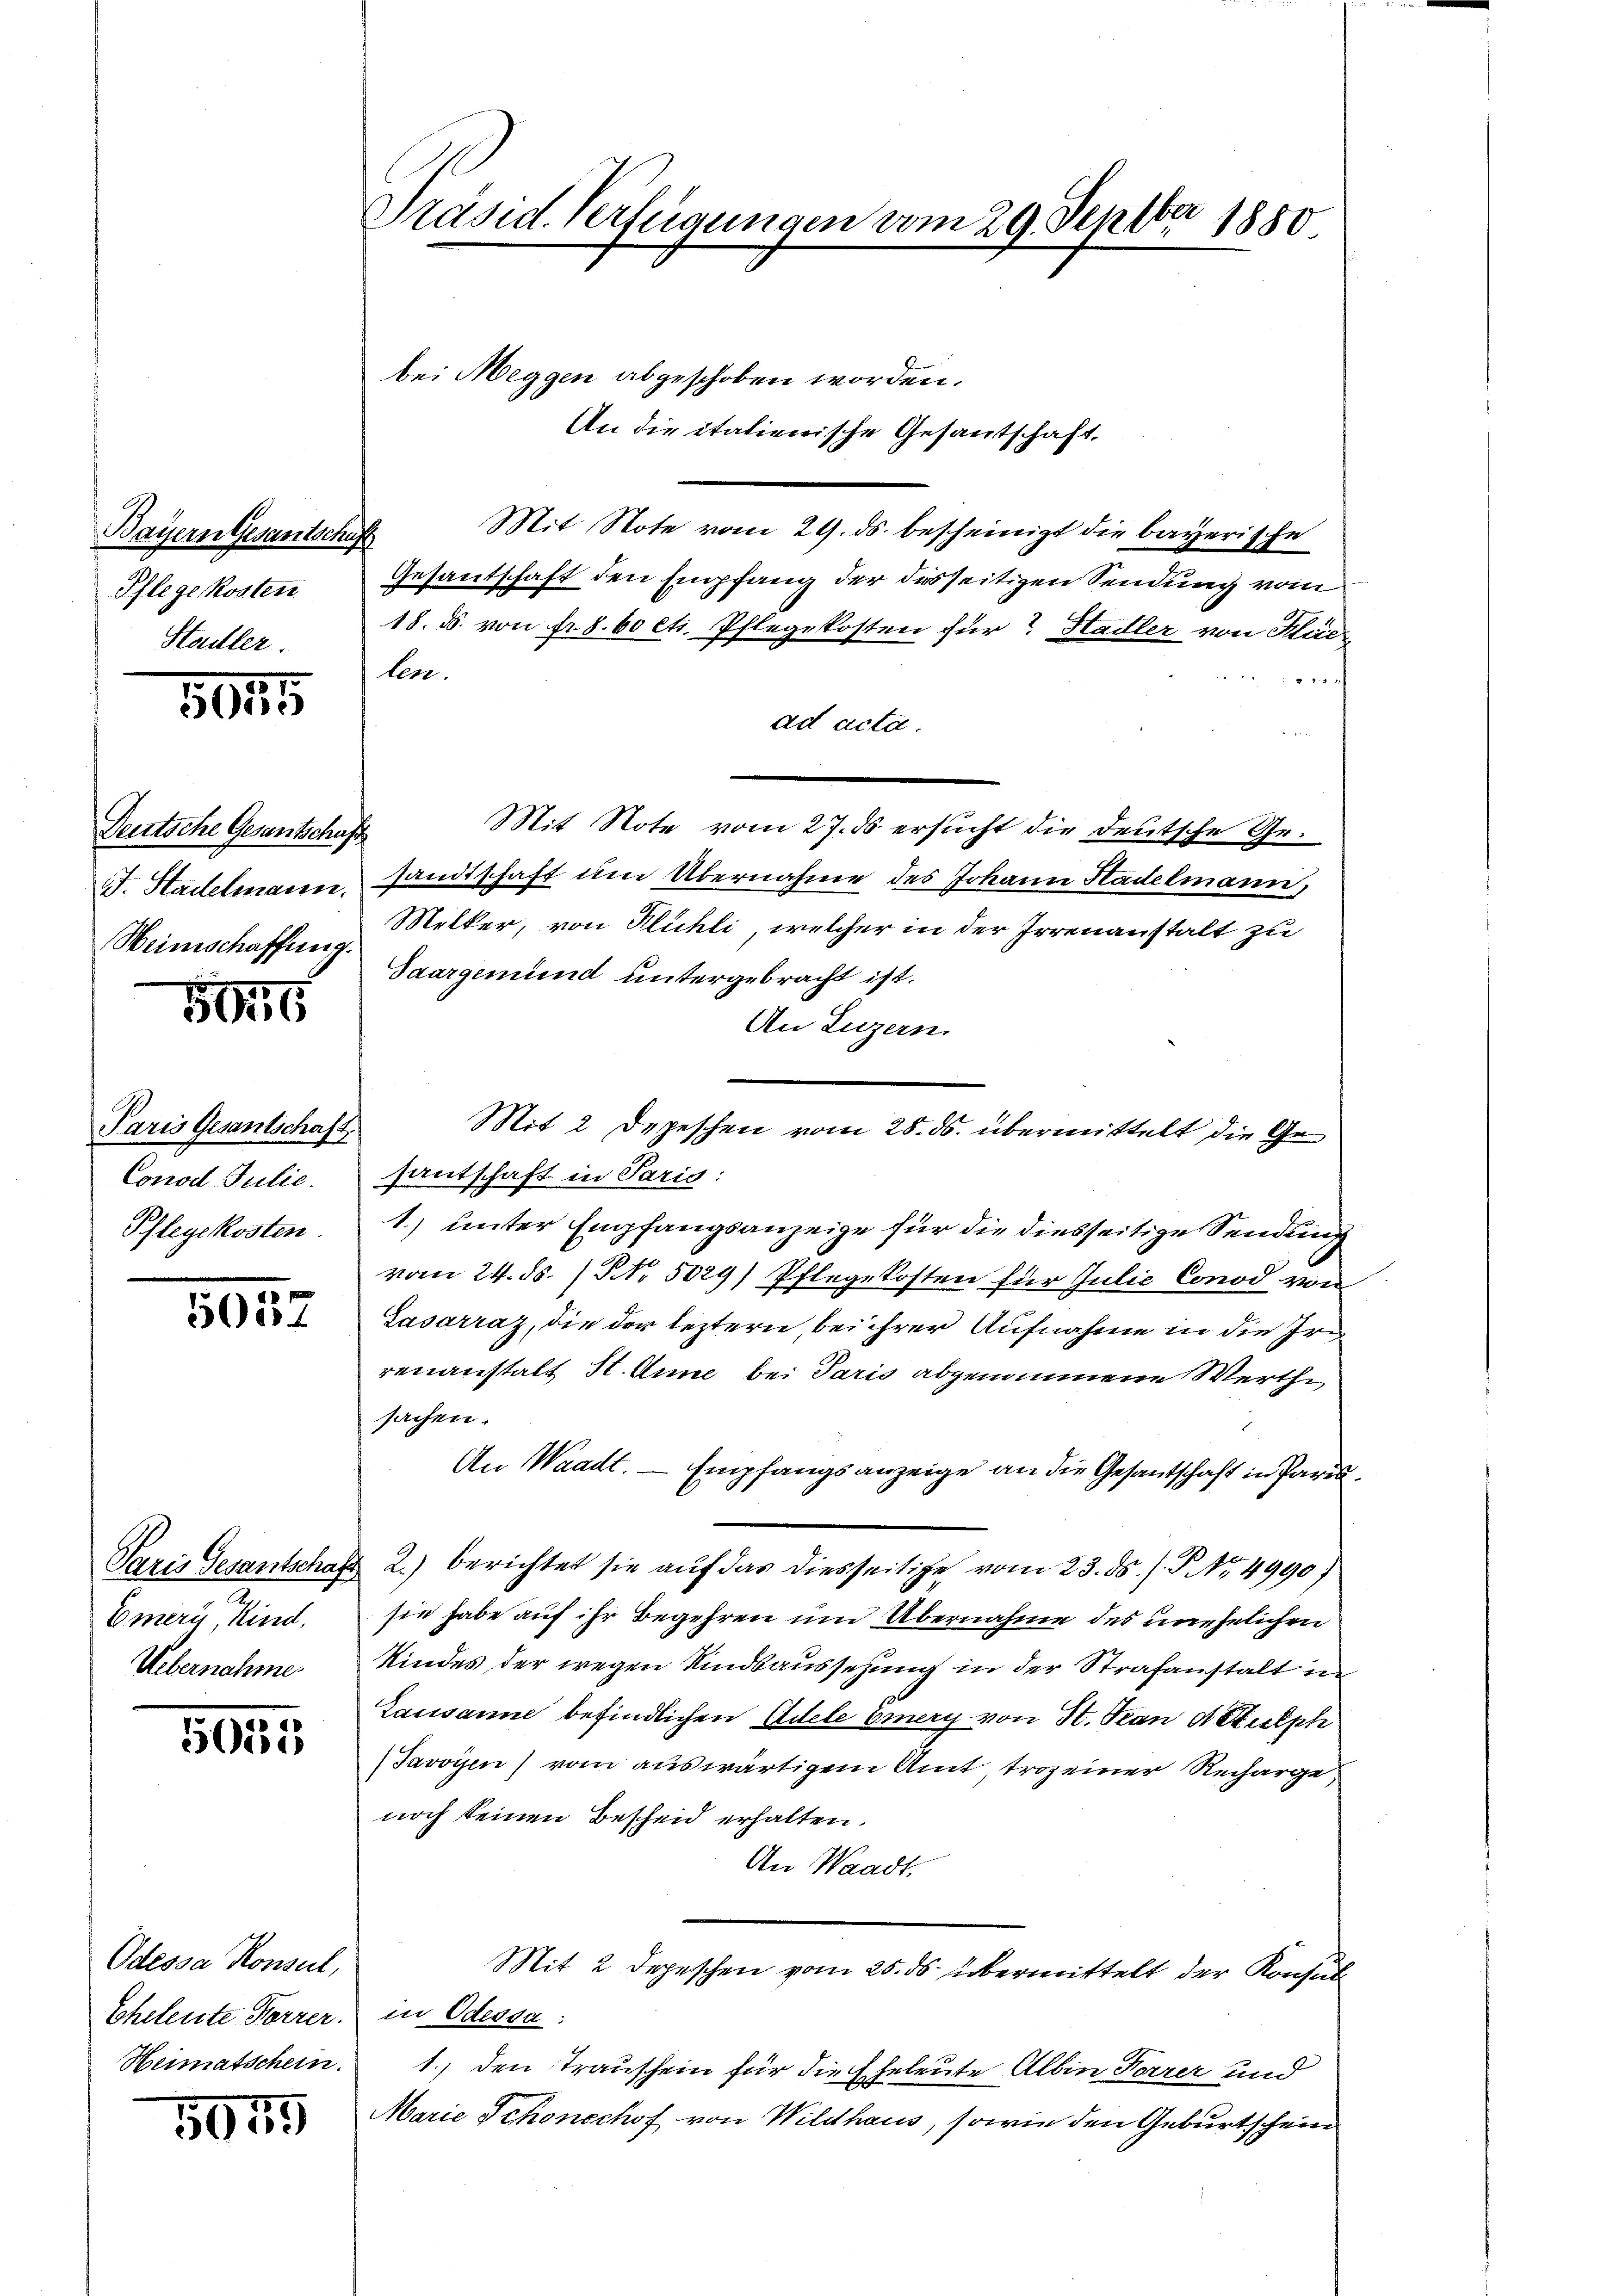
Bayern Gesantscha
Pflege kosten
Stadler.

5045

Deutsche Gesantschaft
F. Stadelmann.
Weinschaffung.

556

5037

10185

5075

Paris Gesantschaft
Conod. Julie.
Pflegekosten.

Paris Gesantschaf
Emern, Kind
Uebernahme

Odessa Konseil,
Eheleute Forrer.
Heimatschein.

Präsid. Verfügungen vom 29. Septbr 1850

bei Meggen abgeschoben worden.
Mit Note vom 29. ds. bescheinigt die bayerische
t
Gesandschaft den Empfang der desseitigen Sendung vom
18. d. von fr. 8. betr. Pflegekosten für? Hadler von Kliclen.
 45. 1
ad acta.
Mit Note vom 27. ds ersucht die deutsche Gesandtschaft um Übernahme des Johann Hadelmann,
Melker, von Kuchli, welcher in der Irrenanstalt zu
Saargemünd untergebracht ist.
An Luzern.
Mit 2 Depeschen vom 28. ds. übermittelt die Gesantschaft in Paris:
1.) unter Empfangsanzeige für die diesseitige Sendung
vom 24. ds. / NNo. 5029) Pflegekosten für Julie Conod von
Sasarraz, die der leztern bei ihrer Aufnahme in die Iri
renanstalt St. Anne bei Paris abgenommene Werthe
sachen.
An Waadt. — Empfangsanzeige an die Gesantschaft in Paris
2.) berichtet sie auf das diesseitige vom 23. ds. /. P. Nr. 4990)
sie habe auf ihr Begehren um Übernahme des unehelichen
Kindes der wegen Kindbaussetzung in der Strafanstalt in
Lausanne befindlichen Adele einery von St. Jean d Stutph
Javoyen) vom auswärtigem Amt troz einer Recharge
noch keinen Bescheid erhalten.
An Waadt.
Mit 2 Depeschen vom 25. ds. übermittelt der Konsul
in Odessa.
1.) den Trauschein für die Eheleute Albin Forrer und
Marie Schonechof von Wildhaus, sowie den Geburtschein

An die italienische Gesantschaft,